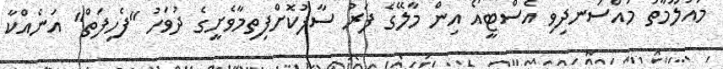
މައުލޫމާތު މުއްސަނދިވި އެސްޓީއޯ އިން މާލޭގެ ފަރު ސާފުކޮށްފިތިމާވެށީގެ ދުވަހު "ފެހިފަތް" އަނެއްކާ